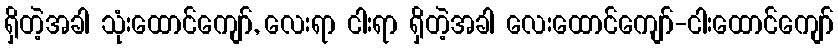
ရှိတဲ့အခါ သုံးထောင်ကျော်, လေးရာ ငါးရာ ရှိတဲ့အခါ လေးထောင်ကျော်-ငါးထောင်ကျော်